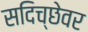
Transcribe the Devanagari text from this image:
सदिच्छेवर